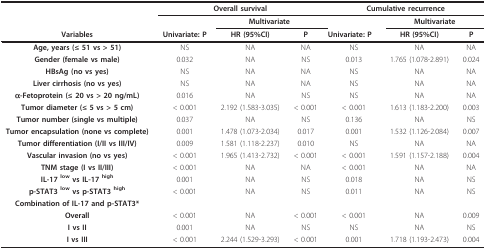
<table><thead><tr><td></td><td colspan="3"><b>Overall survival</b></td><td colspan="3"><b>Cumulative recurrence</b></td></tr><tr><td></td><td></td><td colspan="2"><b>Multivariate</b></td><td></td><td colspan="2"><b>Multivariate</b></td></tr><tr><td><b>Variables</b></td><td><b>Univariate: P</b></td><td><b>HR (95%CI)</b></td><td><b>P</b></td><td><b>Univariate: P</b></td><td><b>HR (95%CI)</b></td><td><b>P</b></td></tr></thead><tbody><tr><td><b>Age, years (≤ 51 vs &gt; 51)</b></td><td>NS</td><td>NA</td><td>NA</td><td>NS</td><td>NA</td><td>NA</td></tr><tr><td><b>Gender (female vs male)</b></td><td>0.032</td><td>NA</td><td>NS</td><td>0.013</td><td>1.765 (1.078-2.891)</td><td>0.024</td></tr><tr><td><b>HBsAg (no vs yes)</b></td><td>NS</td><td>NA</td><td>NA</td><td>NS</td><td>NA</td><td>NA</td></tr><tr><td><b>Liver cirrhosis (no vs yes)</b></td><td>NS</td><td>NA</td><td>NA</td><td>NS</td><td>NA</td><td>NA</td></tr><tr><td><b>α-Fetoprotein (≤ 20 vs &gt; 20 ng/mL)</b></td><td>0.016</td><td>NA</td><td>NS</td><td>NS</td><td>NA</td><td>NA</td></tr><tr><td><b>Tumor diameter (≤ 5 vs &gt; 5 cm)</b></td><td>&lt; 0.001</td><td>2.192 (1.583-3.035)</td><td>&lt; 0.001</td><td>&lt; 0.001</td><td>1.613 (1.183-2.200)</td><td>0.003</td></tr><tr><td><b>Tumor number (single vs multiple)</b></td><td>0.037</td><td>NA</td><td>NS</td><td>0.136</td><td>NA</td><td>NS</td></tr><tr><td><b>Tumor encapsulation (none vs complete)</b></td><td>0.001</td><td>1.478 (1.073-2.034)</td><td>0.017</td><td>0.001</td><td>1.532 (1.126-2.084)</td><td>0.007</td></tr><tr><td><b>Tumor differentiation (I/II vs III/IV)</b></td><td>0.009</td><td>1.581 (1.118-2.237)</td><td>0.010</td><td>NS</td><td>NA</td><td>NA</td></tr><tr><td><b>Vascular invasion (no vs yes)</b></td><td>&lt; 0.001</td><td>1.965 (1.413-2.732)</td><td>&lt; 0.001</td><td>&lt; 0.001</td><td>1.591 (1.157-2.188)</td><td>0.004</td></tr><tr><td><b>TNM stage (I vs II/III)</b></td><td>&lt; 0.001</td><td>NA</td><td>NA</td><td>&lt; 0.001</td><td>NA</td><td>NA</td></tr><tr><td><b>IL-17 <sup>low </sup>vs IL-17 <sup>high</sup></b></td><td>0.001</td><td>NA</td><td>NS</td><td>0.018</td><td>NA</td><td>NS</td></tr><tr><td><b>p-STAT3 <sup>low </sup>vs p-STAT3 <sup>high</sup></b></td><td>&lt; 0.001</td><td>NA</td><td>NS</td><td>0.011</td><td>NA</td><td>NS</td></tr><tr><td><b>Combination of IL-17 and p-STAT3*</b></td><td></td><td></td><td></td><td></td><td></td><td></td></tr><tr><td><b>Overall</b></td><td>&lt; 0.001</td><td>NA</td><td>&lt; 0.001</td><td>&lt; 0.001</td><td>NA</td><td>0.009</td></tr><tr><td><b>I vs II</b></td><td>0.001</td><td>NA</td><td>NS</td><td>NS</td><td>NA</td><td>NS</td></tr><tr><td><b>I vs III</b></td><td>&lt; 0.001</td><td>2.244 (1.529-3.293)</td><td>&lt; 0.001</td><td>0.001</td><td>1.718 (1.193-2.473)</td><td>0.004</td></tr></tbody></table>